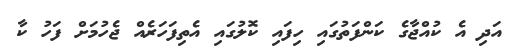
އަދި އެ ކުއްޖާގެ ކަންފަތުގައި ހިފައި ކޮލުގައި އެތިފަހަރެއް ޖެހުމަށް ފަހު ކާ